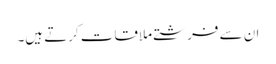
ان سے فرشتے ملاقات کرتے ہیں۔